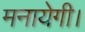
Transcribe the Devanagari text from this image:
मनायेगी।